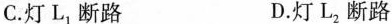
C.灯L_{1}断路 D.灯L_{2}断路